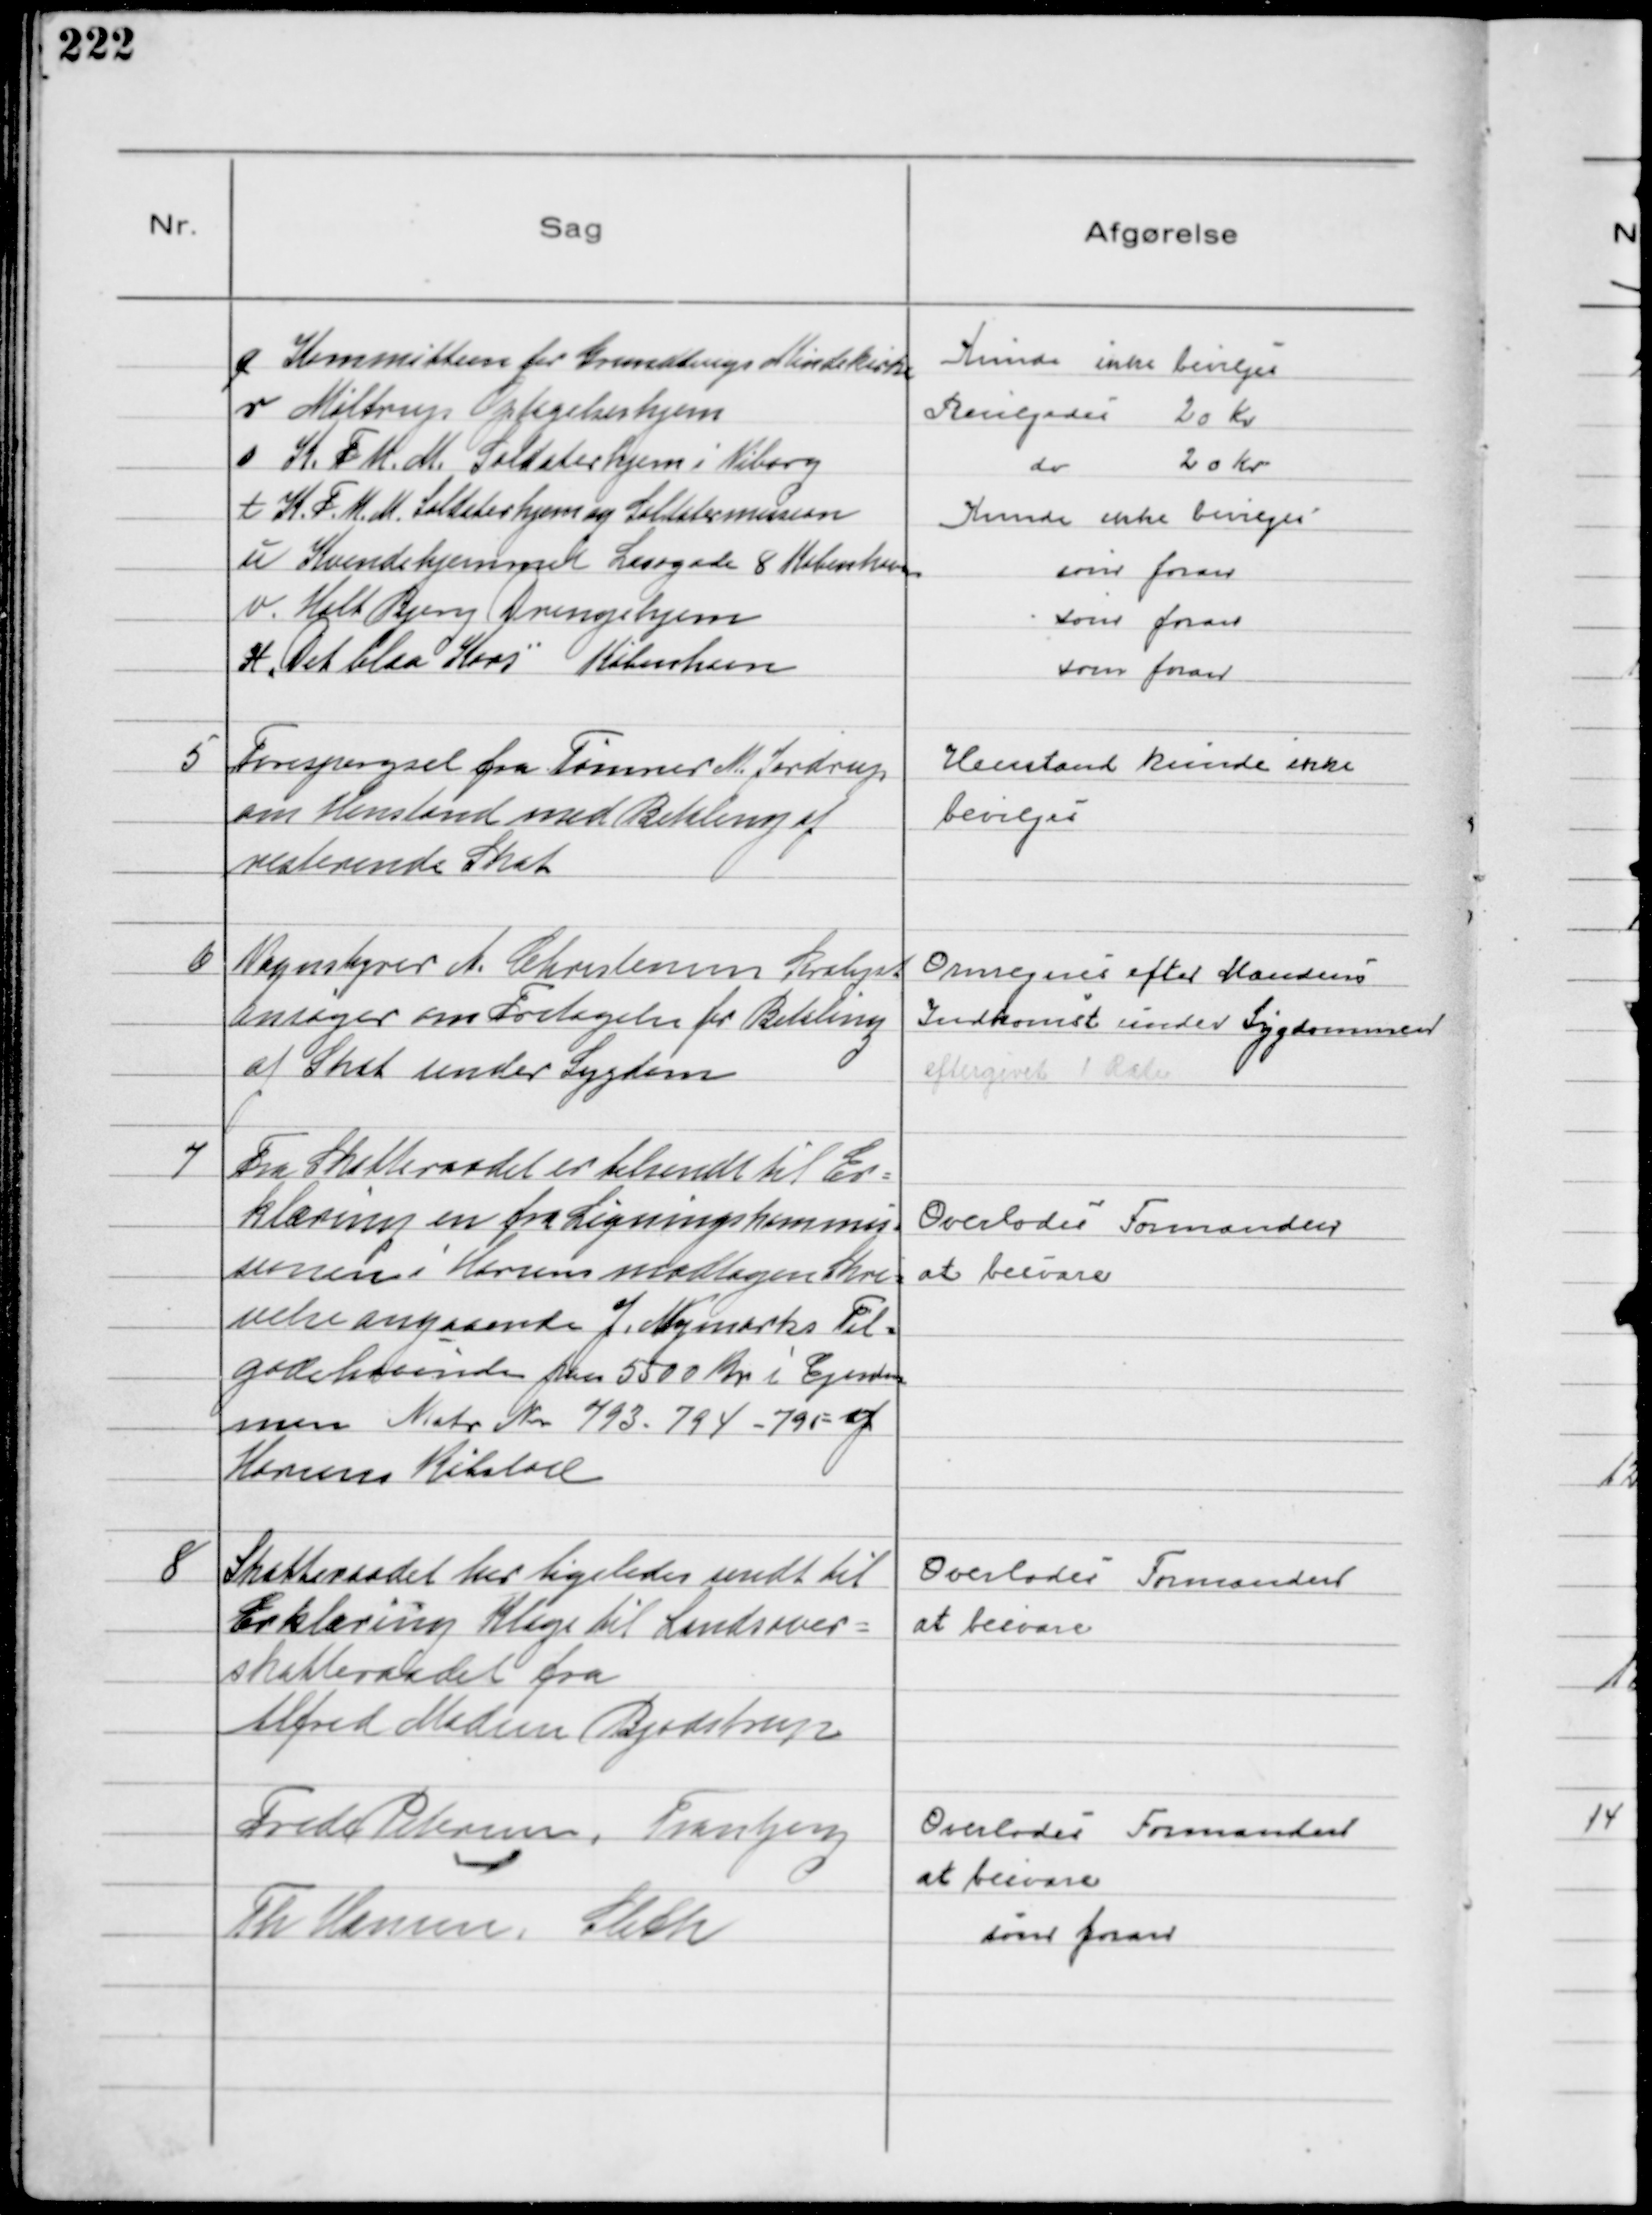
Transskription:
q Kommitteen for Grundtvigs Mindekirke
Kunde ikke bevilges
r Møltrup Optagelseshjem
Bevilgedes 20 Kr
s K.F.U.M. Soldaterhjem i Viborg
do 20 Kr
t K.F.U.M. Soldaterhjem og Soldatermission
Kunde ikke bevilges
u Kvindehjemmert Læsøgade 8 København
som foran
v. Holt Bjerg Drengehjem
som foran
x "Det Blaa Kors" København
som foran

5
Forespørgsel fra Tømrer M. Jordrup
om Henstand med Betaling af
resterende Skat

Henstand kunde ikke
bevilges

6
Vognstyrer A. Christensen Saralyst
ansøger om Fritagelse for Betaling
af Skat under Sygdom

Omregnes efter Mandens
Indkomst under Sygdommen
eftergivet 1 Rate

7
Fra Skattteraadet er tilsendt til Er-
klæring en fra Ligningskommis-
sionen i Horsens modtagen Skri-
velse angaaende J. Nymarks Til-
godehavende paa 5500 Kr i Ejendom
men Matr Nr 793 - 794 - 795 - af
Horsens Købstad

Overlodes Formanden
at besvare

8
Skatteraadet har ligeledes sendt til
Erklæring Klage til Landsover-
skatteraadet fra
Alfred Madsen Bjødstrup
Overlodes Formanden
at besvare
Frede Petersen, Tranbjerg
Overlodes Formanden
at besvare
Th Hansen, Sleth
som foran